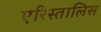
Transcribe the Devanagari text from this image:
एरिस्तालिस